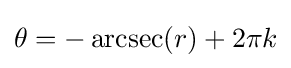
\theta =-\operatorname {arcsec} (r)+2\pi k